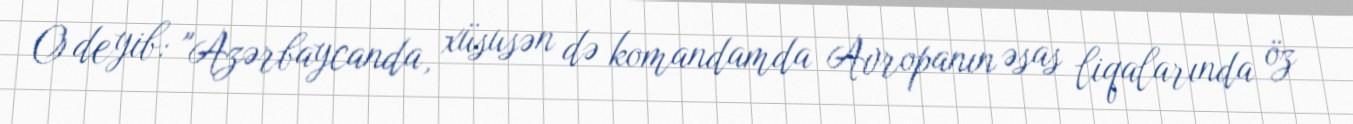
O deyib: "Azərbaycanda, xüsusən də komandamda Avropanın əsas liqalarında öz